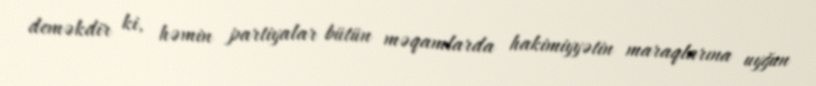
deməkdir ki, həmin partiyalar bütün məqamlarda hakimiyyətin maraqlarına uyğun